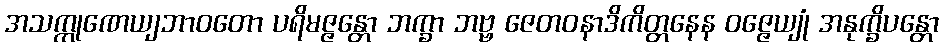
အသက္ကုဏေယျဘာဝတော ပရိမဇ္ဇန္တော ဘက္ခာ ဘဗ္ဗ ဇေတဝနာဒိကိတ္တနေန ဝဇ္ဇေယျုံ အနုက္ခိပန္တော